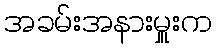
အခမ်းအနားမှူးက